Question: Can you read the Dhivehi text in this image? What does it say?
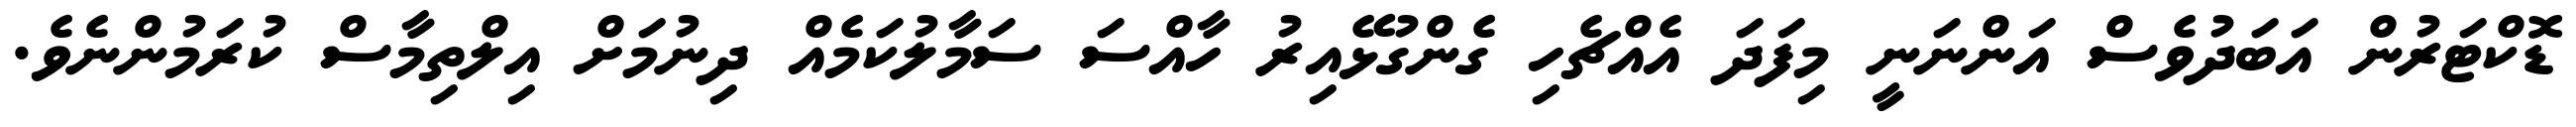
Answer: ޑޮކްޓަރުން އަބަދުވެސް އަންނަނީ މިފަދަ އެއްޗެހި ގެންގުޅޭއިރު ހާއްސަ ސަމާލުކަމެއް ދިނުމަށް އިލްތިމާސް ކުރަމުންނެވެ.